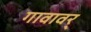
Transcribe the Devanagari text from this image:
गावावर्